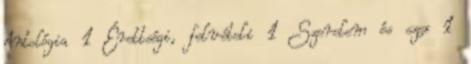
Antológia 1 Érettségi, felvételi 1 Szerelem és szex 1